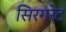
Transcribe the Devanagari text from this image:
सिरगरेट